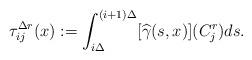
LaTeX: \begin{align*}\tau_{ij}^{\Delta r}(x) := \int_{i\Delta}^{(i+1)\Delta} [\widehat{\gamma}(s,x)](C_j^r) ds.\end{align*}